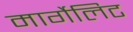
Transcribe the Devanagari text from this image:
मार्गेलिट